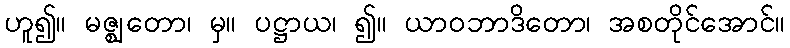
ဟူ၍။ မဇ္ဈတော၊ မှ။ ပဋ္ဌာယ၊ ၍။ ယာဝဘာဒိတော၊ အစတိုင်အောင်။